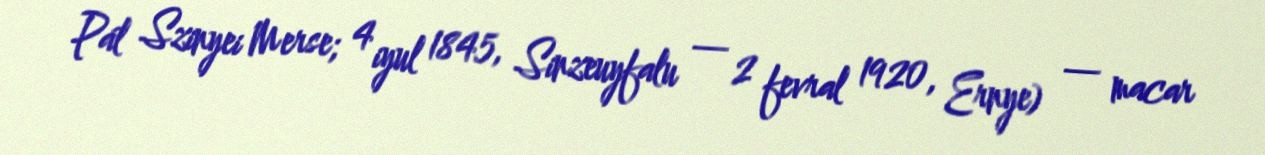
Pál Szinyei Merse; 4 iyul 1845, Sinzeuyfalu — 2 fevral 1920, Ernye) — macar